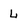
Character: L